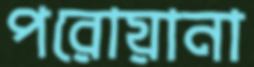
পরোয়ানা